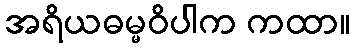
အရိယဓမ္မဝိပါက ကထာ။